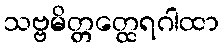
သဗ္ဗမိတ္တတ္ထေရဂါထာ